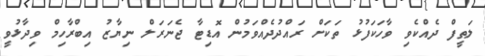
ލަޠީފް ދެއްކެވި ވާހަކަފުޅު ތަކަށް ރައްދުދެއްވަމުން އޮޑިޓާ ޖެނަރަލް ނިޔާޒު އިބްރާހިމް ވިދާޅުވީ